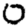
Digit: 0